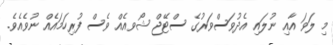
މި ލަވަ އާއި ނުލައި އެދުވަސްވަރުގެ ސްޓޭޖް ޝޯވއެއް ވެސް ފުރިހަމައެއް ނުވެއެވެ.